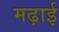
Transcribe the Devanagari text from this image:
मढ़ाई